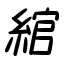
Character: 綰